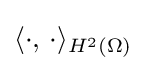
\langle \cdot ,\,\cdot \rangle _{H^{2}(\Omega )}